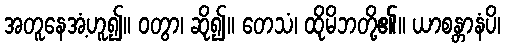
အတူနေအံ့ဟူ၍။ ဝတွာ၊ ဆို၍။ တေသံ၊ ထိုမိဘတို့၏။ ယာစန္တာနံပိ၊